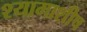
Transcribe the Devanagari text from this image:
श्यामाशीष